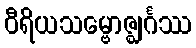
ဝီရိယသမ္ဗောဇ္ဈင်္ဂဿ